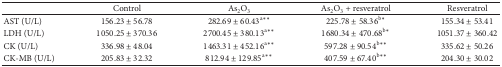
<table><thead><tr><td><b> </b></td><td><b>Control</b></td><td><b>As<sub>2</sub>O<sub>3</sub></b></td><td><b>As<sub>2</sub>O<sub>3</sub> + resveratrol</b></td><td><b>Resveratrol</b></td></tr></thead><tbody><tr><td>AST (U/L)</td><td>156.23 ± 56.78</td><td>282.69 ± 60.43<sup>a∗∗</sup></td><td>225.78 ± 58.36<sup>b∗</sup></td><td>155.34 ± 53.41</td></tr><tr><td>LDH (U/L)</td><td>1050.25 ± 370.36</td><td>2700.45 ± 380.13<sup>a∗∗</sup></td><td>1680.34 ± 470.68<sup>b∗</sup></td><td>1051.37 ± 360.42</td></tr><tr><td>CK (U/L)</td><td>336.98 ± 48.04</td><td>1463.31 ± 452.16<sup>a∗∗</sup></td><td>597.28 ± 90.54<sup>b∗∗</sup></td><td>335.62 ± 50.26</td></tr><tr><td>CK-MB (U/L)</td><td>205.83 ± 32.32</td><td>812.94 ± 129.85<sup>a∗∗</sup></td><td>407.59 ± 67.40<sup>b∗∗</sup></td><td>204.30 ± 30.02</td></tr></tbody></table>